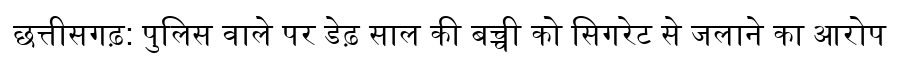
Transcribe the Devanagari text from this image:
छत्तीसगढ़: पुलिस वाले पर डेढ़ साल की बच्ची को सिगरेट से जलाने का आरोप